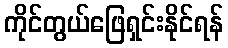
ကိုင်တွယ်ဖြေရှင်းနိုင်ရန်